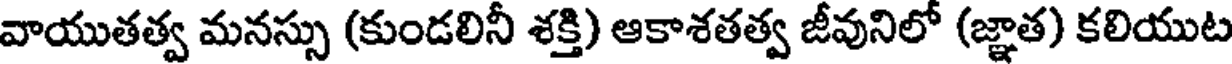
వాయుతత్వ మనస్సు (కుండలినీ శక్తి) ఆకాశతత్వ జీవునిలో (జ్ఞాత) కలియుట